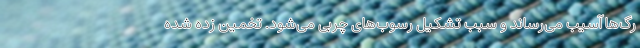
رگ‌ها آسیب می‌رساند و سبب تشکیل رسوب‌های چربی می‌شود. تخمین زده شده